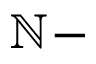
\mathbb { N } -